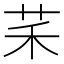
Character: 䒩